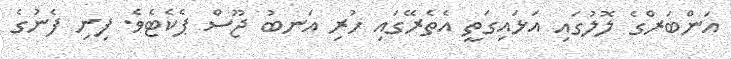
އަންބަރްގެ ލޮލުގައި އަޅައިގަތީ އެތެރޭގައި ހުރި އަނބު ޖޫސް ޕެކެޓެވެ. ފިނި ފެނުގެ